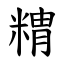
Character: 䊘